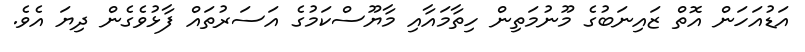
އަޑުއަހަން އޮތް ޒައިނަބުގެ މޫނުމަތިން ހިތާމައާއި މާޔޫސްކަމުގެ އަސަރުތައް ފާޅުވެގެން ދިޔަ އެވެ.